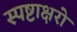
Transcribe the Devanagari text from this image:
स्पष्टाक्षरो